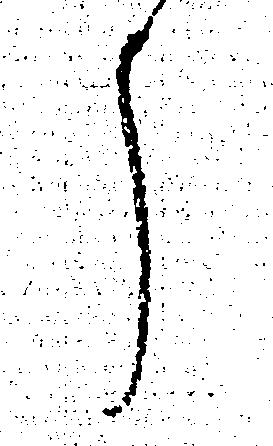
う